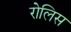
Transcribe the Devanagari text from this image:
रोलिस